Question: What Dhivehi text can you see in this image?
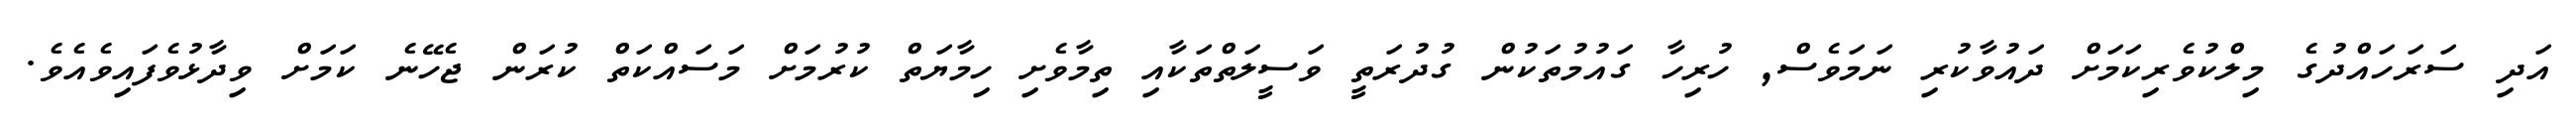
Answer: އަދި ސަރަހައްދުގެ މިލްކުވެރިކަމަށް ދައުވާކުރި ނަމަވެސް, ހުރިހާ ގައުމުތަކުން ގުދުރަތީ ވަސީލަތްތަކާއި ތިމާވެށި ހިމާޔަތް ކުރުމަށް މަސައްކަތް ކުރަން ޖެހޭނެ ކަމަށް ވިދާޅުވެފައިވެއެވެ.